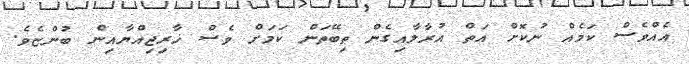
އެއްވެސް ކަމެއް ނުކޮށް އަތް އުރާލާއިގެން ތިބޭތަން ކަމަށް ވެސް ޚާރިޖިއްޔާއިން ބުންޏެވެ.